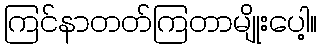
ကြင်နာတတ်ကြတာမျိုးပေါ့။